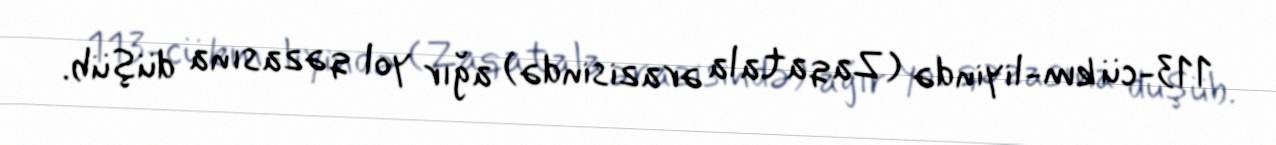
113-cü km-liyində (Zaqatala ərazisində) ağır yol qəzasına düşüb.